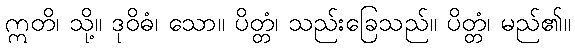
ဣတိ၊ သို့။ ဒုဝိဓံ၊ သော။ ပိတ္တံ၊ သည်းခြေသည်။ ပိတ္တံ၊ မည်၏။